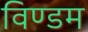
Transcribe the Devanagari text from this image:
विण्डम